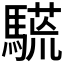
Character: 𩥒